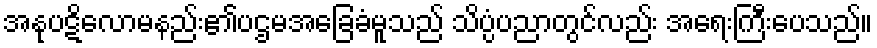
အနုပဋိလောမနည်း၏ပဌမအခြေခံမူသည် သိပ္ပံပညာတွင်လည်း အရေးကြီးပေသည်။